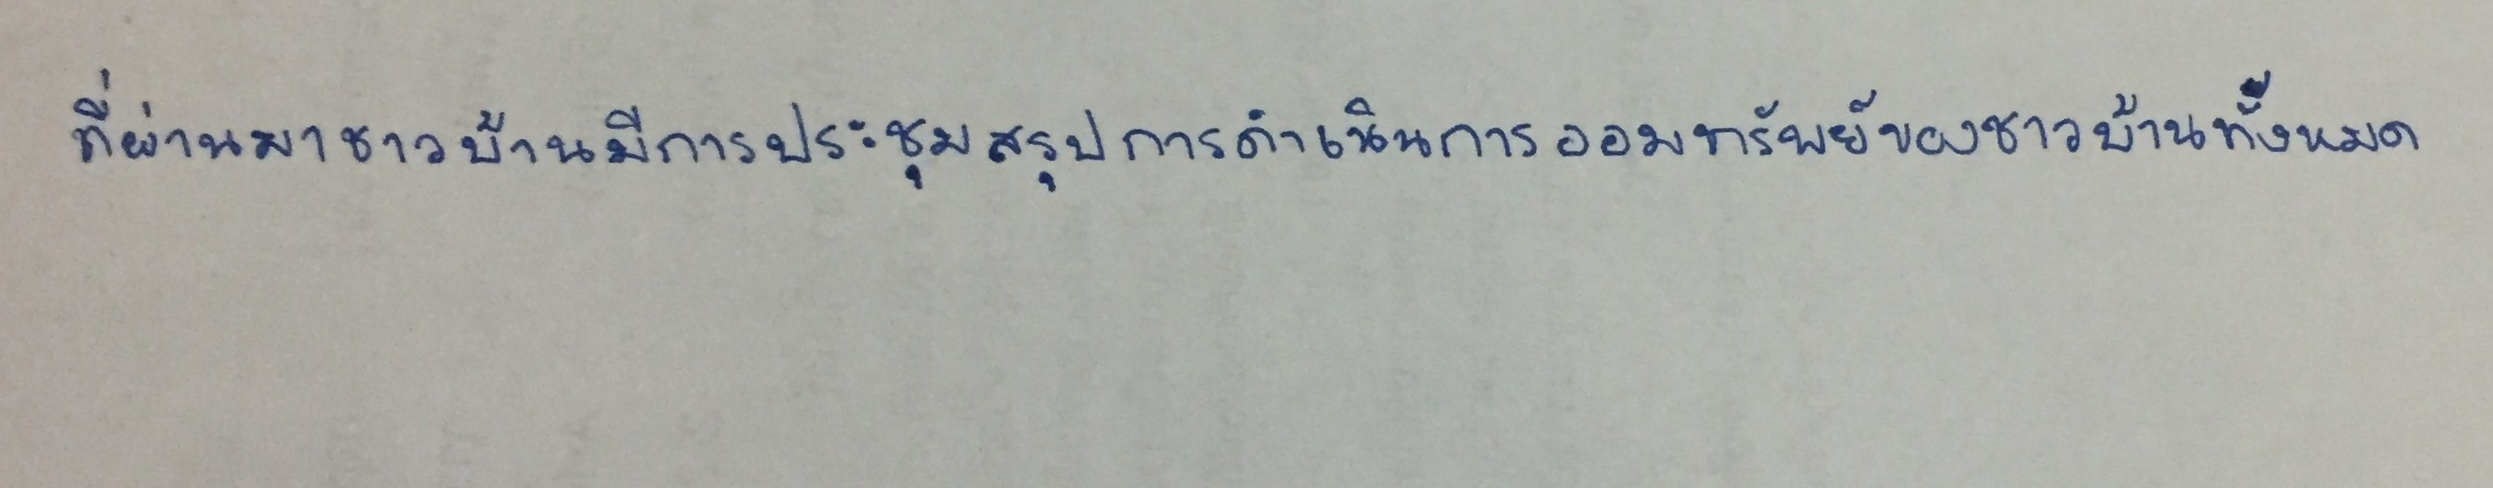
ที่ผ่านมาชาวบ้านมีการประชุมสรุปการดำเนินการออมทรัพย์ของชาวบ้านทั้งหมด